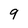
Character: 9